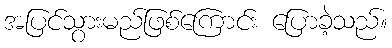
အပြင်သွားမည်ဖြစ်ကြောင်း ပြောခဲ့သည်။